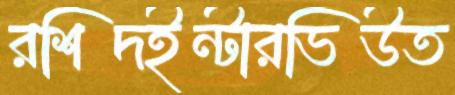
রশিদইন্টারভিউত